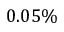
0 . 0 5 \%